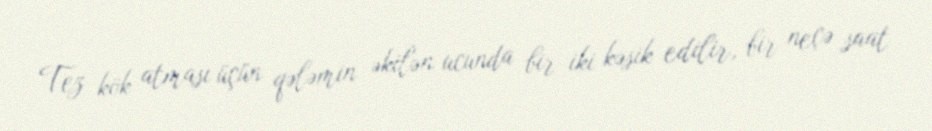
Tez kök atması üçün qələmin əkilən ucunda bir-iki kəsik edilir, bir neçə saat